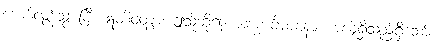
ကျော်လွန်သွားပြီ။ ဣတိဝတွာ၊ ဤသို့ဆို၍။ အာကင်္ခမာနော၊ အလိုရှိသည်ရှိသော်။